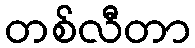
တစ်လီတာ